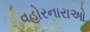
વહોરનારાઓ